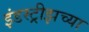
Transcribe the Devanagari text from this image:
इंडस्ट्रीझच्या